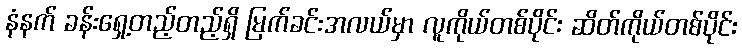
နံနက် ခန်းရှေ့တည့်တည့်ရှိ မြက်ခင်းအလယ်မှာ လူကိုယ်တစ်ပိုင်း ဆိတ်ကိုယ်တစ်ပိုင်း